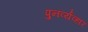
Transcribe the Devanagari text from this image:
पुनर्व्यव्हार